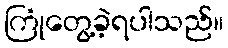
ကြုံတွေ့ခဲ့ရပါသည်။